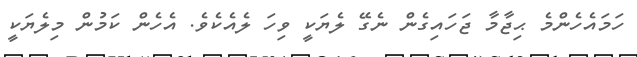
ހަމައެހެންމެ ޙިޖާމާ ޖަހައިގެން ނެގޭ ލެޔަކީ ވިހަ ލެއެކެވެ. އެހެން ކަމުން މިލެޔަކީ